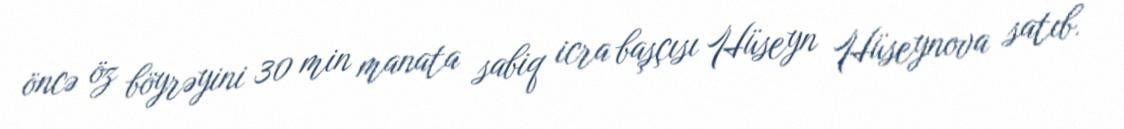
öncə öz böyrəyini 30 min manata sabiq icra başçısı Hüseyn Hüseynova satıb.